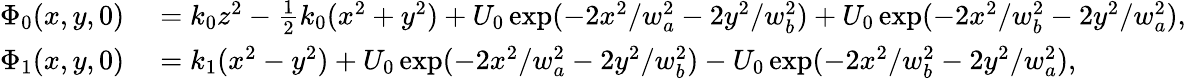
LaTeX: \begin{array}{rl}{\Phi_{0}(x,y,0)}&{{}=k_{0}z^{2}-\frac{1}{2}k_{0}(x^{2}+y^{2})+U_{0}\exp(-2x^{2}/w_{a}^{2}-2y^{2}/w_{b}^{2})+U_{0}\exp(-2x^{2}/w_{b}^{2}-2y^{2}/w_{a}^{2}),}\\ {\Phi_{1}(x,y,0)}&{{}=k_{1}(x^{2}-y^{2})+U_{0}\exp(-2x^{2}/w_{a}^{2}-2y^{2}/w_{b}^{2})-U_{0}\exp(-2x^{2}/w_{b}^{2}-2y^{2}/w_{a}^{2}),}\end{array}